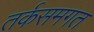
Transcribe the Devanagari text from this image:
तर्कसमगत